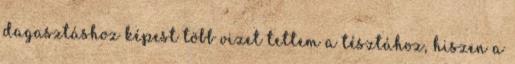
dagasztáshoz képest több vizet tettem a tésztához, hiszen a